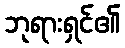
ဘုရားရှင်၏